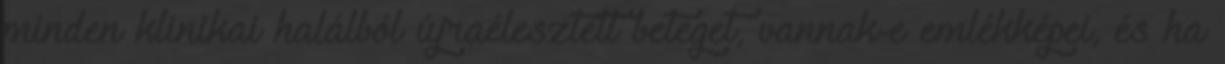
minden klinikai halálból újraélesztett beteget, vannak-e emlékképei, és ha